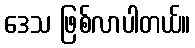
ဒေသ ဖြစ်လာပါတယ်။